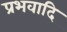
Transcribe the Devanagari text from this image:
प्रभवादि